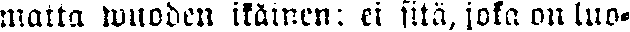
matta wuoden ikäinen: ei sitä, joka on luo-